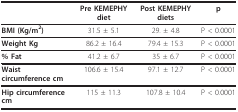
|  | Pre KEMEPHY diet | Post KEMEPHY diets | p |
 | --- | --- | --- | --- |
 | BMI (Kg/m2) | 31.5 ± 5.1 | 29. ± 4.8 | P < 0.0001 |
 | Weight Kg | 86.2 ± 16.4 | 79.4 ± 15.3 | P < 0.0001 |
 | % Fat | 41.2 ± 6.7 | 35 ± 6.7 | P < 0.0001 |
 | Waist circumference cm | 106.6 ± 15.4 | 97.1 ± 12.7 | P < 0.0001 |
 | Hip circumference cm | 115 ± 11.3 | 107.8 ± 10.4 | P < 0.0001 |